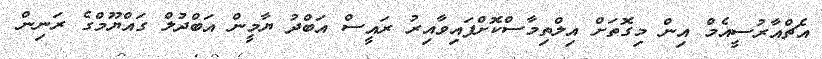
އެޗްއާރުސީއެމް އިން މިގޮތަށް އިލްތިމާސްކޮށްފައިވާއިރު ރައީސް އަބްދު ޔާމީން އަބްދުލް ގައްޔޫމްގެ ރަނިން